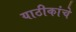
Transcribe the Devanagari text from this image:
याठीकांचे